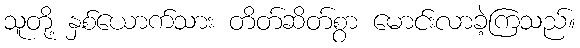
သူတို့ နှစ်ယောက်သား တိတ်ဆိတ်စွာ မောင်းလာခဲ့ကြသည်။